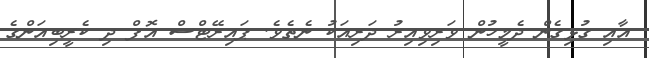
އާއި ގުޅިގެން ދެމީހުން ވަރިވިއިރު ދަރިއަކު ނެތެވެ. ޕައިރޭޓްސް އޮފް ދި ކެރީބިއަންގެ